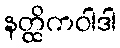
နတ္ထိကဝါဒါ